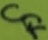
Text: CF